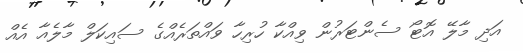
އަދި މާލޭ އޮޓޯ ސެންޓަރުން ވިއްކާ ހުރިހާ ވައްތަރެއްގެ ސައިކަލް މާލެއާ އެއް